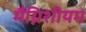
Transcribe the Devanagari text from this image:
मैग्निशीयम